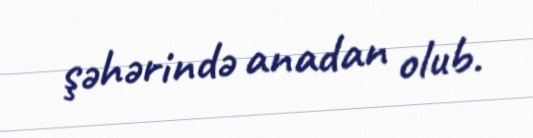
şəhərində anadan olub.